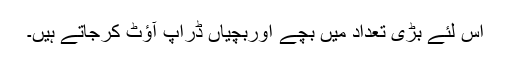
اس لئے بڑی تعداد میں بچے اوربچیاں ڈراپ آؤٹ کرجاتے ہیں۔